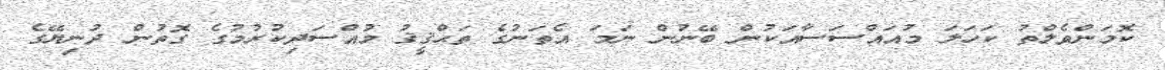
ކޮމަންވެލްތު ކަހަލަ މުއައްސަސާއަކުން ބޭނުން ނަމަ އެތަނުގެ ތަޙްޤީޤު މުއްސަދިކުރުމުގެ ގޮތުން ދުނިޔޭގެ